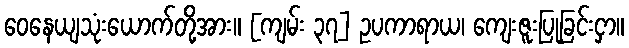
ဝေနေယျသုံးယောက်တို့အား။ [ကျမ်း ၃၇] ဥပကာရာယ၊ ကျေးဇူးပြုခြင်းငှာ။